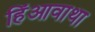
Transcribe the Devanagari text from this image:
हिंआवाथा